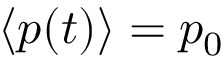
\langle p ( t ) \rangle = p _ { 0 }